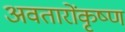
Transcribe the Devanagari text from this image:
अवतारोंकृष्ण